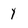
Character: y